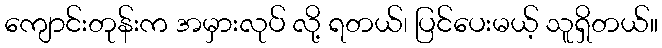
ကျောင်းတုန်းက အမှားလုပ် လို့ ရတယ်၊ ပြင်ပေးမယ့် သူရှိတယ်။